NAE_ERA_R-2632_ENSV_TA_Emakeele_Selts_1945-1955, lk 80
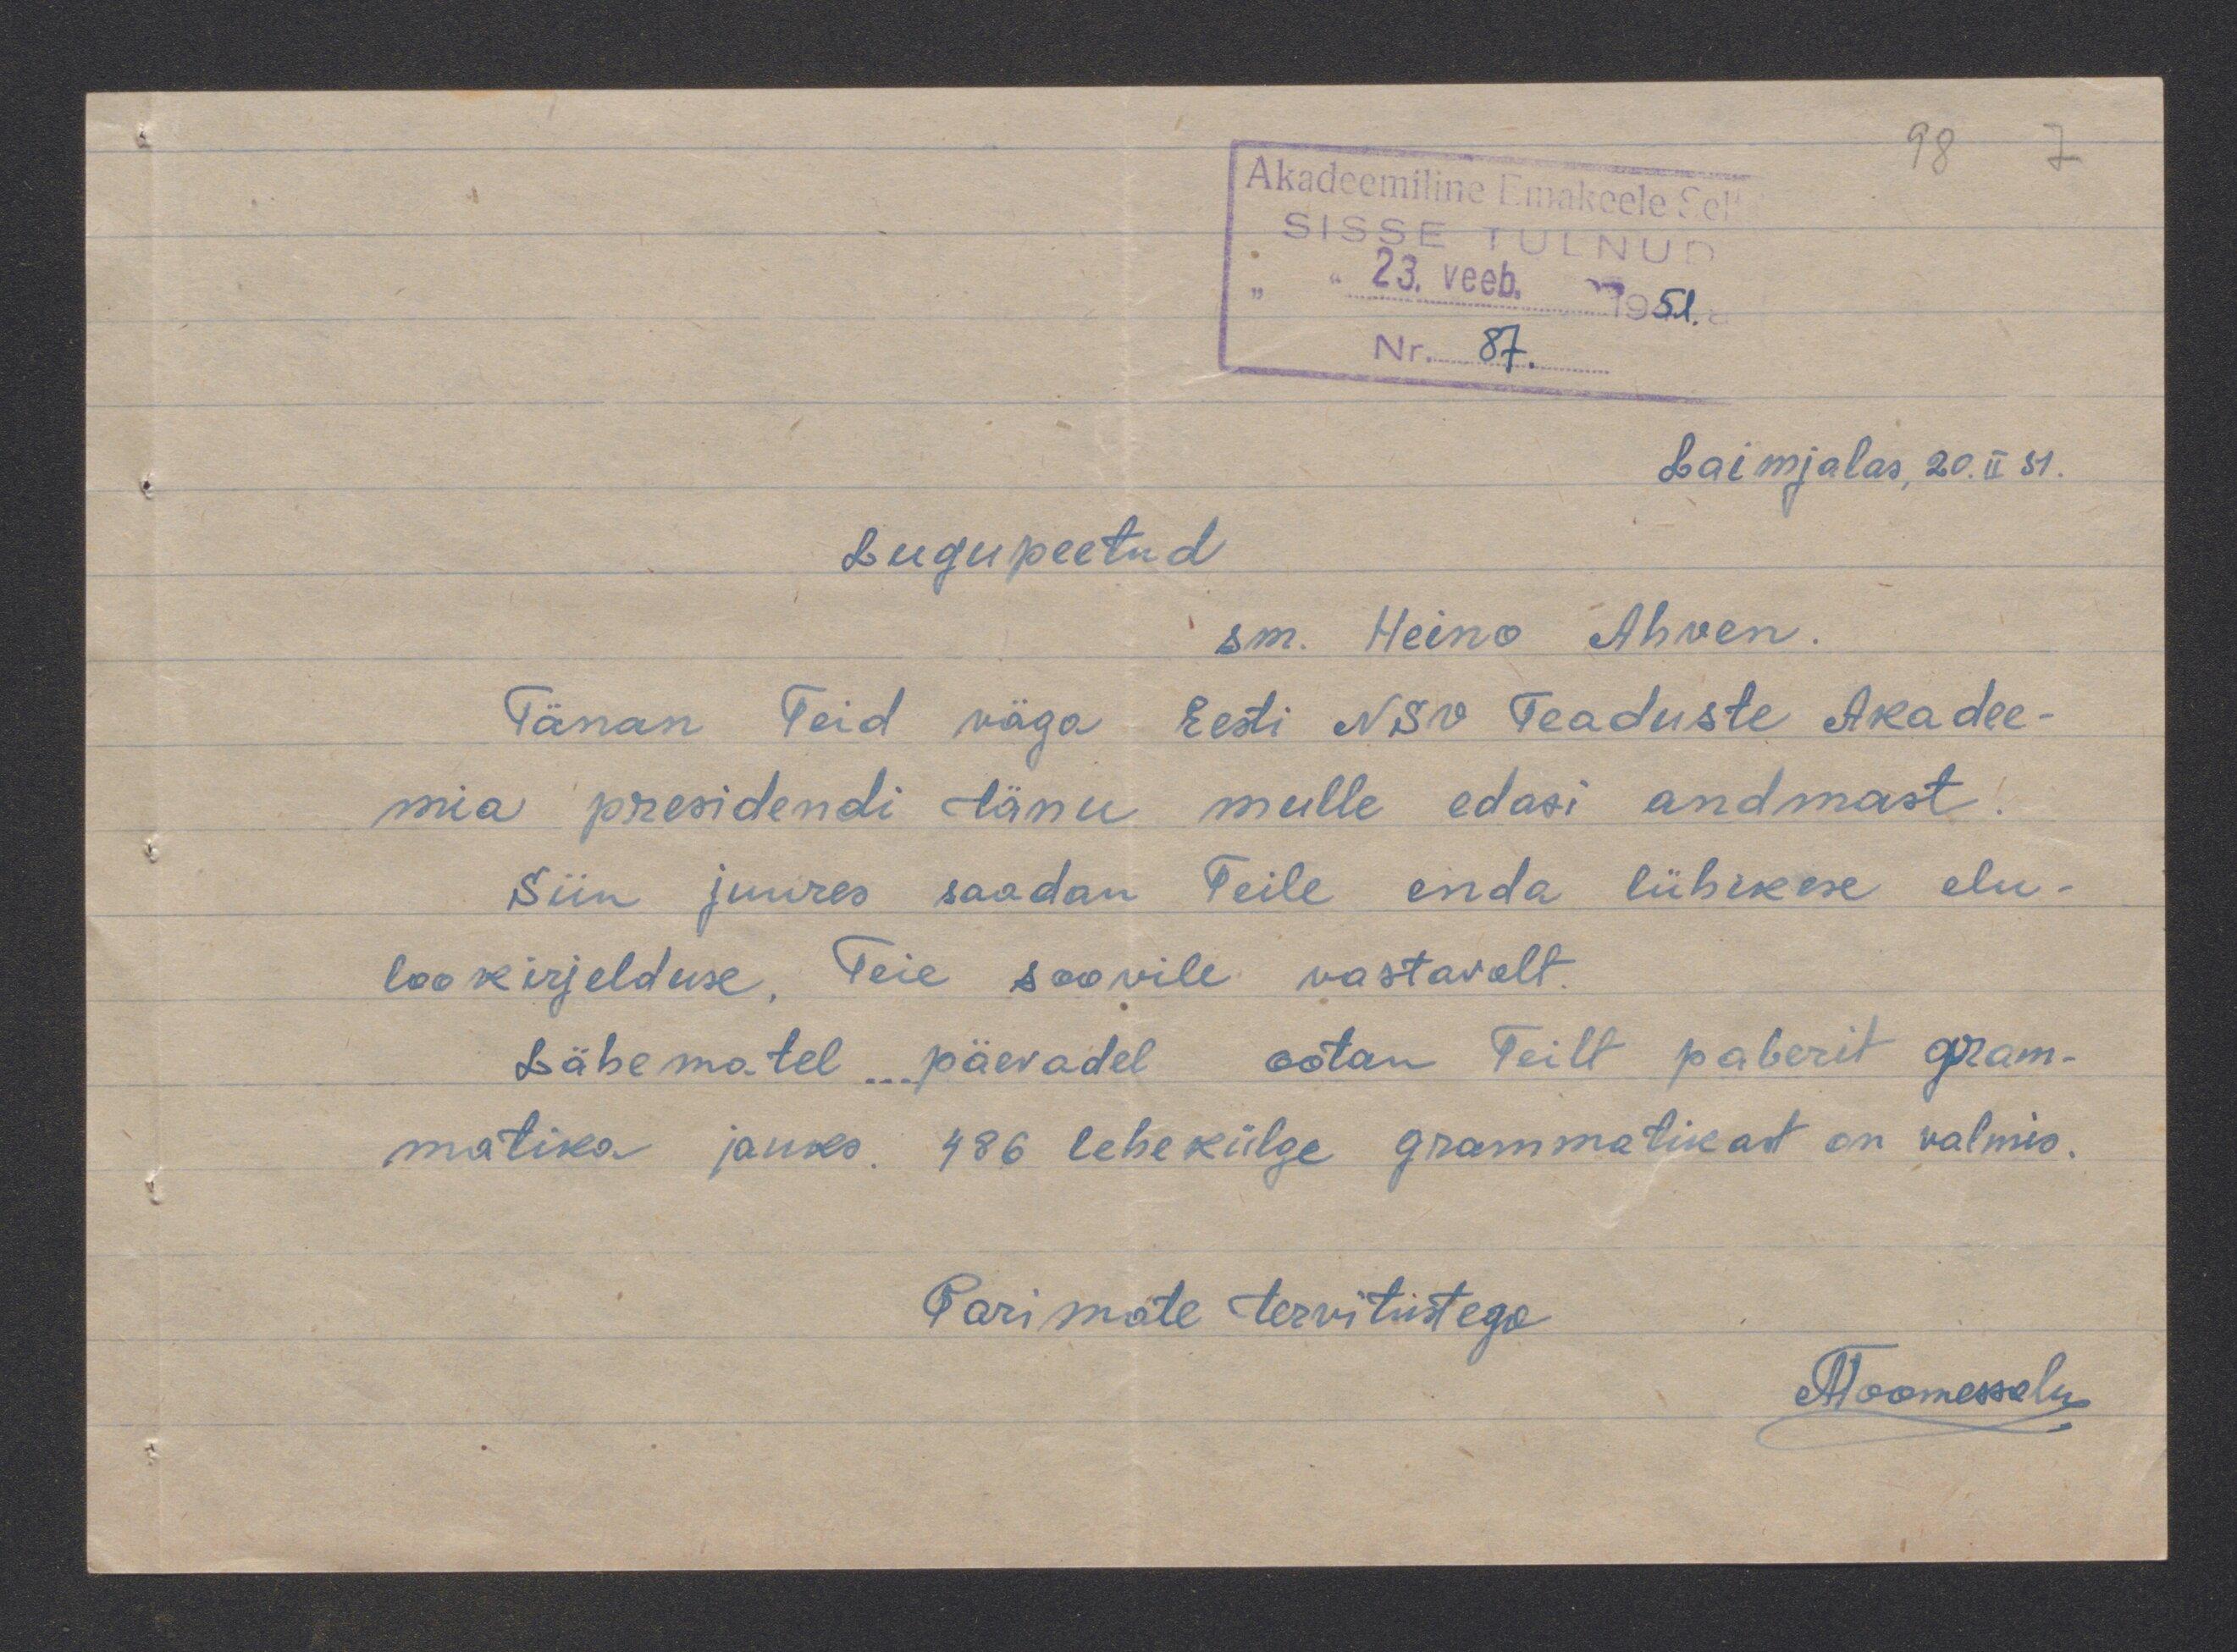
Laimjalas, 20. II 51.
Lugupeetud
sm. Heino Ahven.
Tänan Teid väga Eesti NSV Teaduste Akadee-
mia presidendi tänu mulle edasi andmast
Siin juures saadan Teile enda lühikese elu-
lookirjelduse. Teie soovile vastavalt
Lähematel päevadel ootan Teilt paberit gram-
matika jauks. 486 lehekülge grammatikas on valmis.
Parimate tervitustega